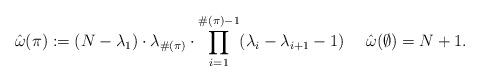
LaTeX: \begin{align*}\hat{\omega}(\pi) := (N-\lambda_1)\cdot\lambda_{\#(\pi)}\cdot\prod_{i=1}^{\#(\pi)-1} (\lambda_{i}-\lambda_{i+1}-1)\ \ \ \ \hat{\omega}(\emptyset)=N+1.\end{align*}